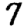
Digit: 7